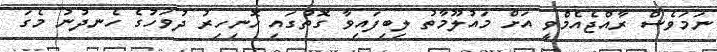
ނަމަވެސް ރާއްޖެއެމްވީ އަށް މައުލޫމާތު ލިބިފައިވާ ގޮތުގައި ހޮނިހިރު ދުވަހުގެ ހެނދުނު މެގަ